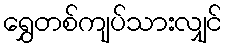
ရွှေတစ်ကျပ်သားလျှင်